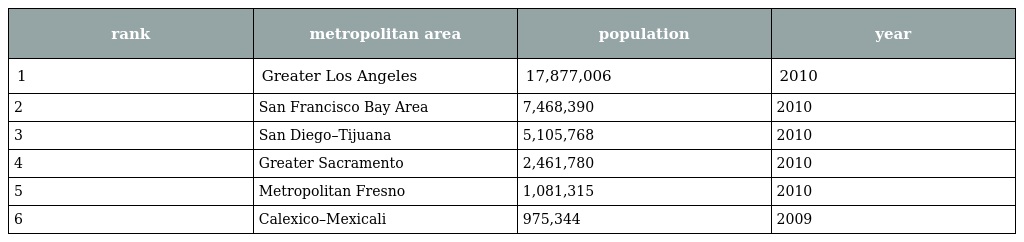
| rank | metropolitan area | population | year |
 | --- | --- | --- | --- |
 | 1 | Greater Los Angeles | 17,877,006 | 2010 |
 | 2 | San Francisco Bay Area | 7,468,390 | 2010 |
 | 3 | San Diego–Tijuana | 5,105,768 | 2010 |
 | 4 | Greater Sacramento | 2,461,780 | 2010 |
 | 5 | Metropolitan Fresno | 1,081,315 | 2010 |
 | 6 | Calexico–Mexicali | 975,344 | 2009 |